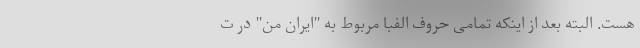
هست. البته بعد از اینکه تمامی حروف الفبا مربوط به "ایران من" در ت